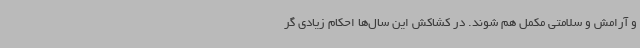
و آرامش و سلامتی مکمل هم شوند. در کشاکش این سال‌ها احکام زیادی گر